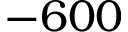
- 6 0 0